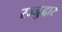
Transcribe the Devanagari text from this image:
रज्जुद्वार